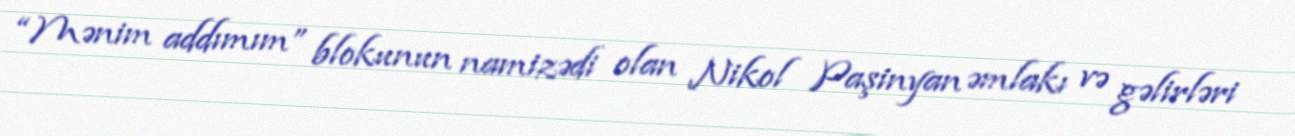
“Mənim addımım” blokunun namizədi olan Nikol Paşinyan əmlakı və gəlirləri